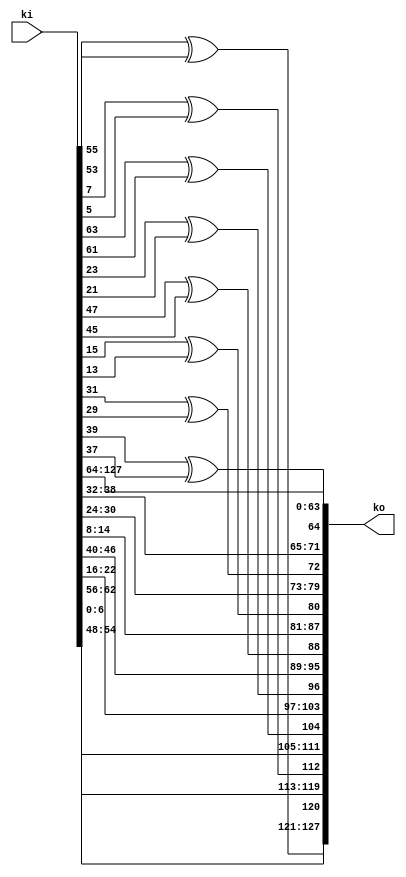
/*
 Designer: Mustafa Khairallah
 Nanyang Technological University
 Singapore
 Date: July, 2021
 */

/* 
 TK2 Key expansion corresponding to the 
 nonce/associated data in Romulus. 
 */
module tweak_expansion (/*AUTOARG*/
   // Outputs
   ko,
   // Inputs
   ki
   ) ;
   output [127:0] ko;
   input  [127:0] ki;

   wire [127:0]   kp;

   assign kp[127:120] = ki[ 55: 48];
   assign kp[119:112] = ki[  7:  0];
   assign kp[111:104] = ki[ 63: 56];
   assign kp[103: 96] = ki[ 23: 16];
   assign kp[ 95: 88] = ki[ 47: 40];
   assign kp[ 87: 80] = ki[ 15:  8];
   assign kp[ 79: 72] = ki[ 31: 24];
   assign kp[ 71: 64] = ki[ 39: 32];
   assign kp[ 63: 56] = ki[127:120];
   assign kp[ 55: 48] = ki[119:112];
   assign kp[ 47: 40] = ki[111:104];
   assign kp[ 39: 32] = ki[103: 96];
   assign kp[ 31: 24] = ki[ 95: 88];
   assign kp[ 23: 16] = ki[ 87: 80];
   assign kp[ 15:  8] = ki[ 79: 72];
   assign kp[  7:  0] = ki[ 71: 64];

   assign ko[127:120] = {kp[126:120],kp[127]^kp[125]};   
   assign ko[119:112] = {kp[118:112],kp[119]^kp[117]};   
   assign ko[111:104] = {kp[110:104],kp[111]^kp[109]};   
   assign ko[103: 96] = {kp[102: 96],kp[103]^kp[101]};   
   assign ko[ 95: 88] = {kp[ 94: 88],kp[ 95]^kp[ 93]};   
   assign ko[ 87: 80] = {kp[ 86: 80],kp[ 87]^kp[ 85]};   
   assign ko[ 79: 72] = {kp[ 78: 72],kp[ 79]^kp[ 77]};   
   assign ko[ 71: 64] = {kp[ 70: 64],kp[ 71]^kp[ 69]};   

   assign ko[ 63:  0] = kp[ 63:  0];
   
endmodule // tweak_expansion